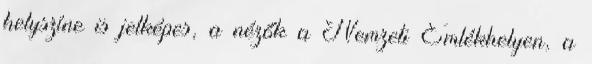
helyszíne is jelképes, a nézők a Nemzeti Emlékhelyen, a